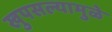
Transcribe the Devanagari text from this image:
खुपसल्यामुळे